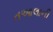
તઆલાની